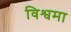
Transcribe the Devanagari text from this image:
विश्वमा